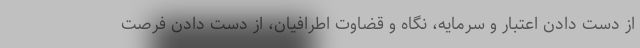
از دست دادن اعتبار و سرمایه، نگاه و قضاوت اطرافیان، از دست دادن فرصت